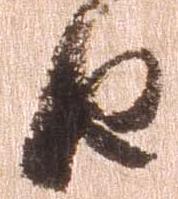
由